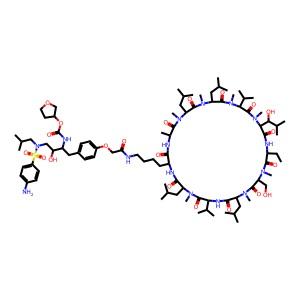
SMILES: CCC1NC(=O)C(C(O)C(C)C)N(C)C(=O)C(C(C)C)N(C)C(=O)C(CC(C)C)N(C)C(=O)C(CC(C)C)N(C)C(=O)C(C)NC(=O)C(CCCCNC(=O)COc2ccc(CC(NC(=O)OC3CCOC3)C(O)CN(CC(C)C)S(=O)(=O)c3ccc(N)cc3)cc2)NC(=O)C(CC(C)C)N(C)C(=O)C(C(C)C)NC(=O)C(CC(C)C)N(C)C(=O)C(CO)N(C)C1=O
Inhibits HIV replication: Yes